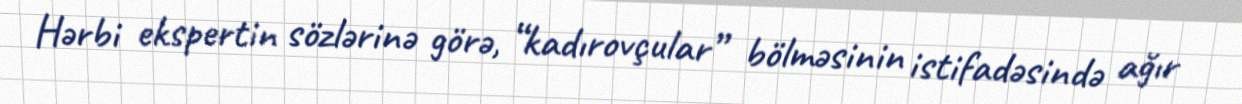
Hərbi ekspertin sözlərinə görə, “kadırovçular” bölməsinin istifadəsində ağır